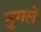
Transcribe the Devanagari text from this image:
मु्गले